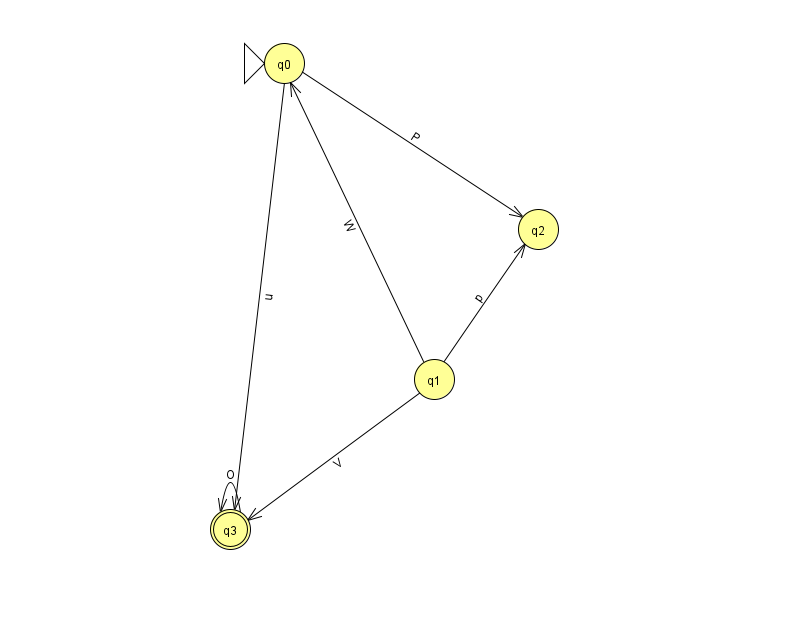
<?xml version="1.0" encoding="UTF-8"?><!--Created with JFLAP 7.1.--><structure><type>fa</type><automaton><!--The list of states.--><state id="0" name="q0"><x>284.0</x><y>50.0</y><initial/></state><state id="1" name="q1"><x>434.0</x><y>366.0</y></state><state id="2" name="q2"><x>538.0</x><y>216.0</y></state><state id="3" name="q3"><x>230.0</x><y>516.0</y><final/></state><!--The list of transitions.--><transition><from>0</from><to>3</to><read>u</read></transition><transition><from>1</from><to>0</to><read>W</read></transition><transition><from>0</from><to>2</to><read>P</read></transition><transition><from>1</from><to>2</to><read>p</read></transition><transition><from>1</from><to>3</to><read>V</read></transition><transition><from>3</from><to>3</to><read>O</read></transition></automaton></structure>